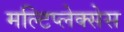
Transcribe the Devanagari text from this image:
मल्टिप्लेक्सेस